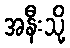
အနီးသို့